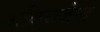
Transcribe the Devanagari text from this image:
अधिराजेन्द्र